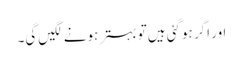
اور اگر ہوگئی ہیں‌تو بہتر ہونے لگیں‌گی۔